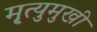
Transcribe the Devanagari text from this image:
मृ्त्युमुखी